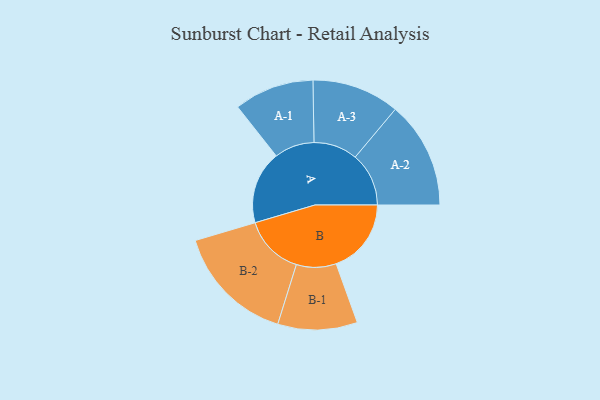
{"axis": {"x": "Segment", "y": "Value"}, "legend": ["", "A", "B"], "data": [{"x": "A", "y": 345, "type": ""}, {"x": "B", "y": 355, "type": ""}, {"x": "A-1", "y": 189, "type": "A"}, {"x": "A-2", "y": 253, "type": "A"}, {"x": "A-3", "y": 207, "type": "A"}, {"x": "B-1", "y": 188, "type": "B"}, {"x": "B-2", "y": 284, "type": "B"}]}